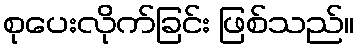
စုပေးလိုက်ခြင်း ဖြစ်သည်။